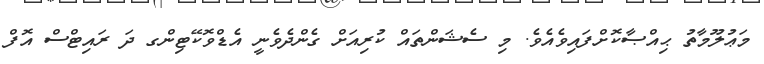
މަޢުލޫމާތު ޙިއްޞާކޮށްފައިވެއެވެ. މި ސެޝަންތައް ކުރިއަށް ގެންދެވެނީ އެޑްވޮކޭޓިންގ ދަ ރައިޓްސް އޮފް